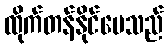
ထိုက်တန်နိုင်ပေသည်